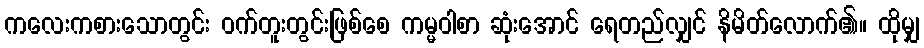
ကလေးကစားသောတွင်း ဝက်တူးတွင်းဖြစ်စေ ကမ္မဝါစာ ဆုံးအောင် ရေတည်လျှင် နိမိတ်လောက်၏။ ထိုမျှ